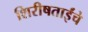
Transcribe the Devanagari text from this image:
शिरीषताईंचे